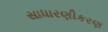
સાધારણીકરણ